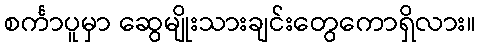
စင်္ကာပူမှာ ဆွေမျိုးသားချင်းတွေကောရှိလား။